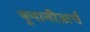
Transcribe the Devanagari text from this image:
यूनानीअर्थ